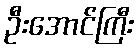
ဦးအောင်ကြီး